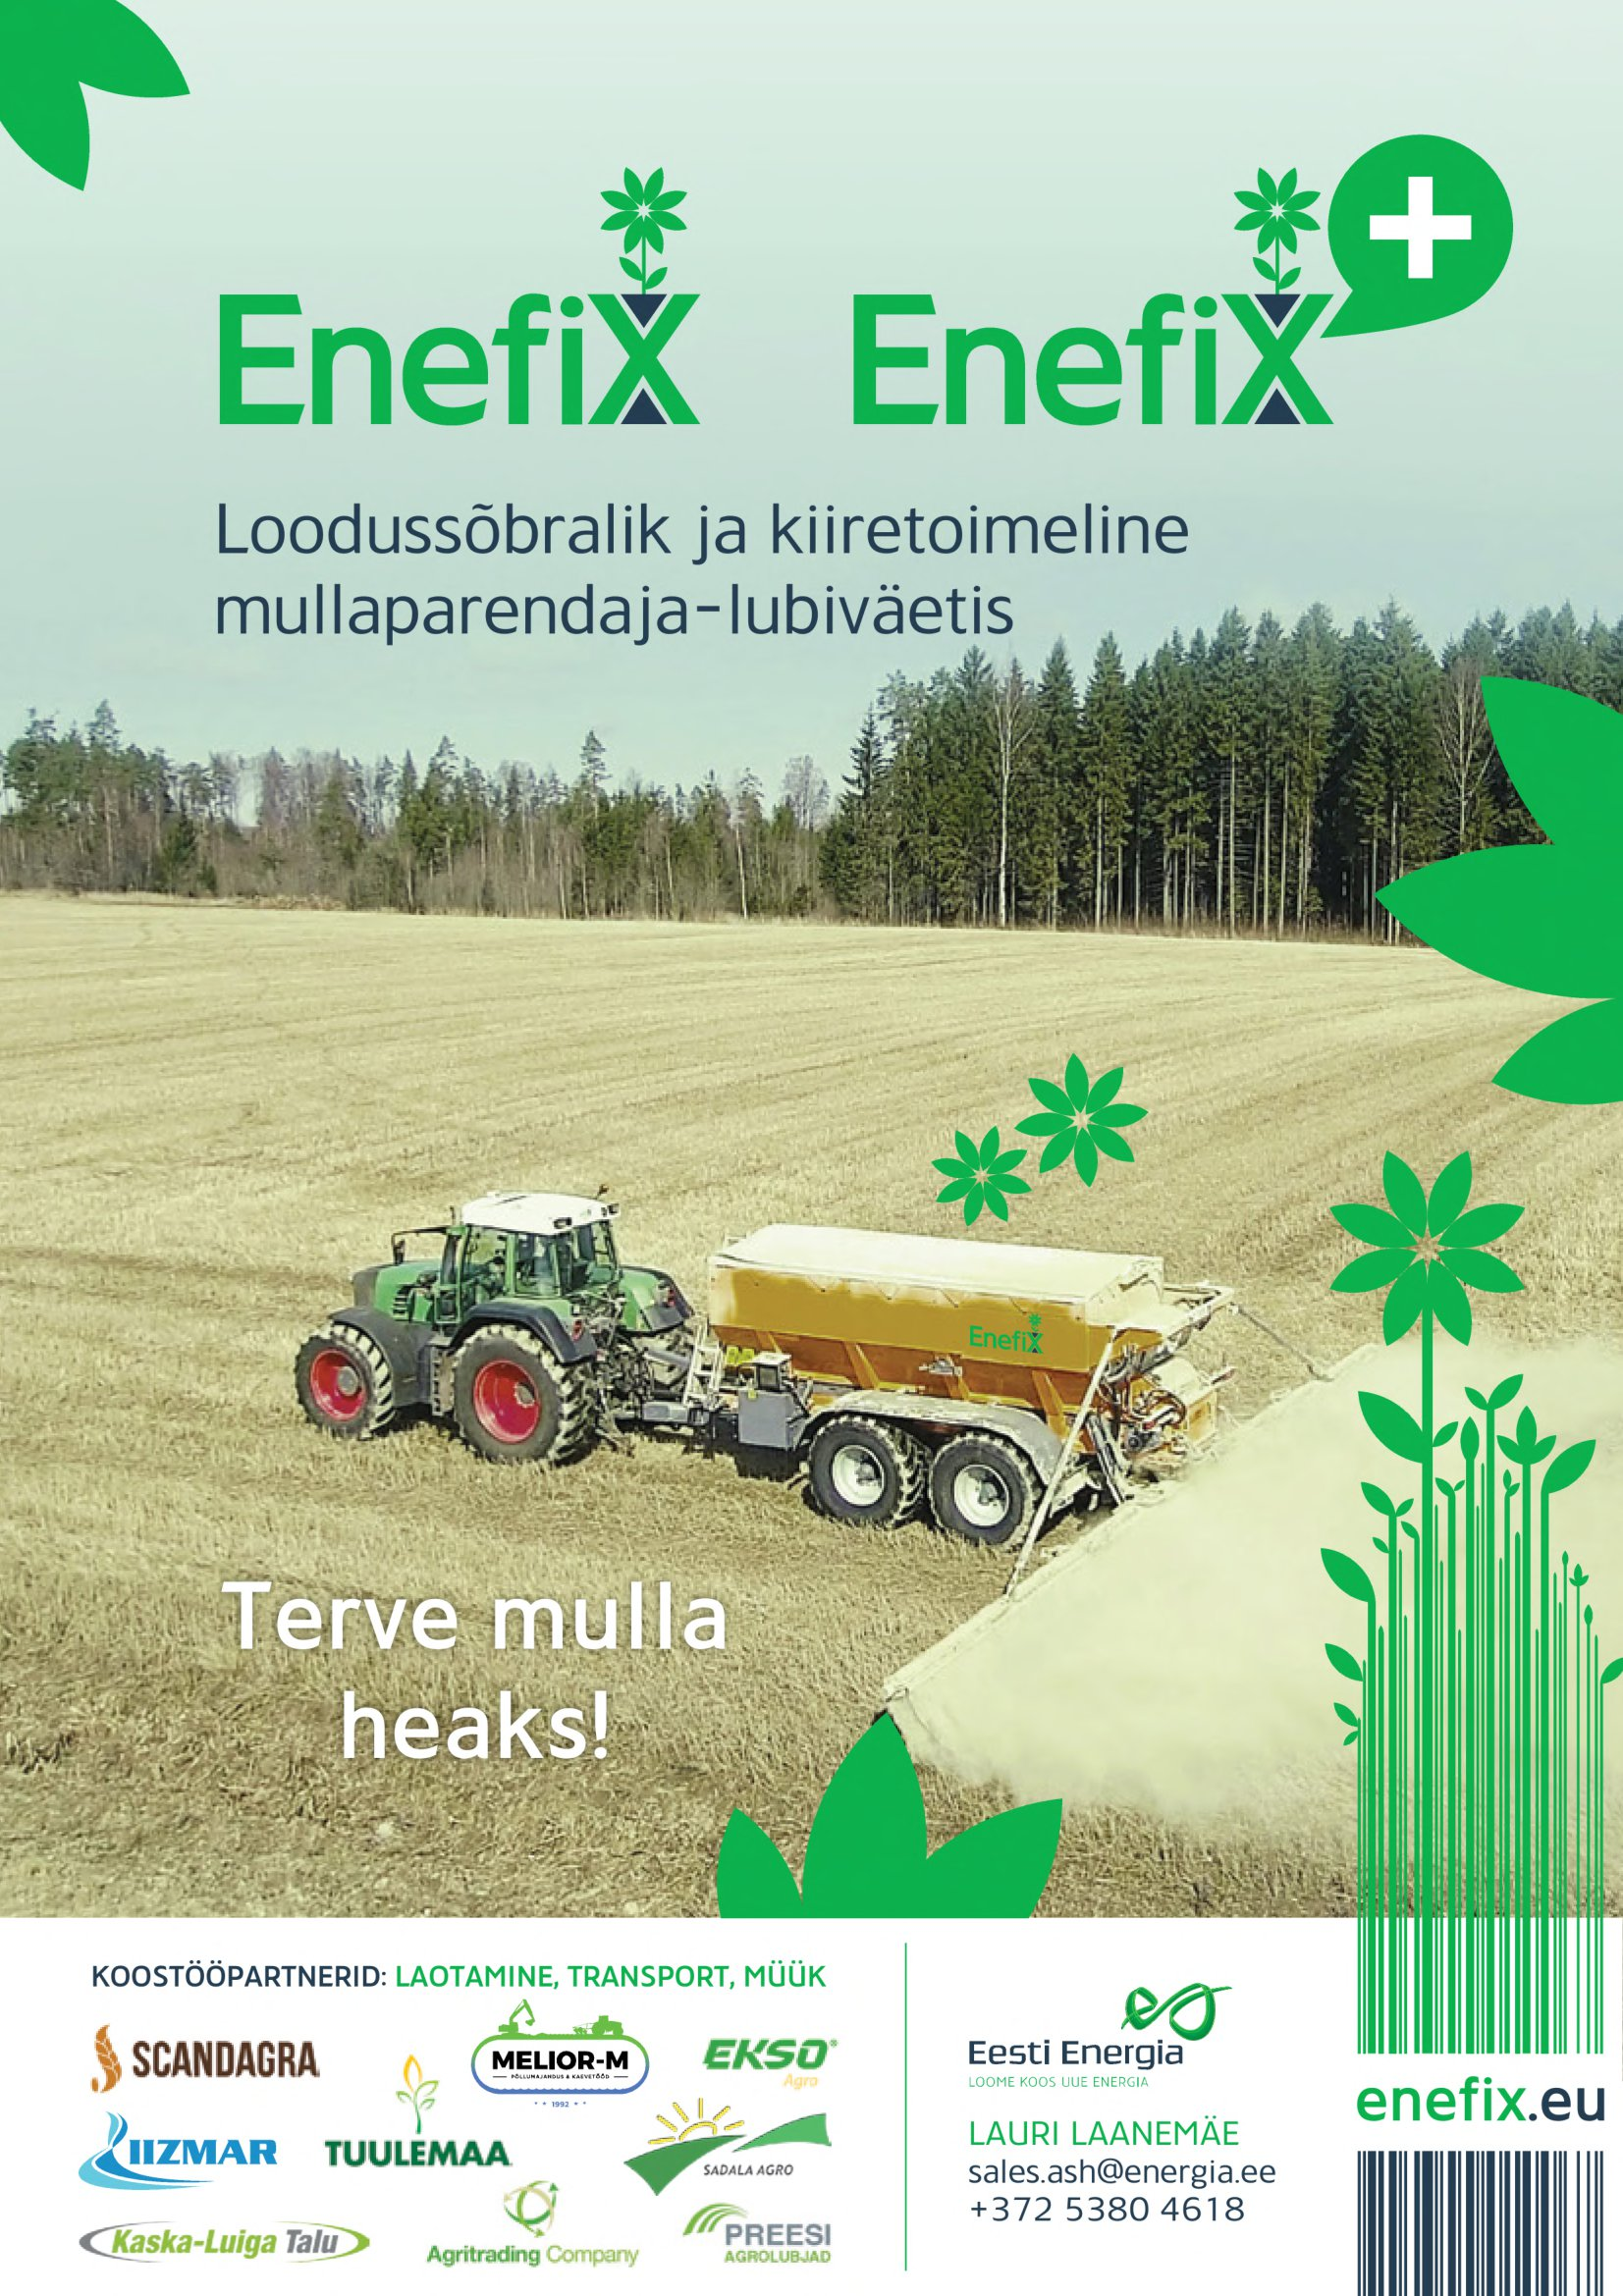
Language: et